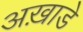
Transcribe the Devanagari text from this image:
अख़ाडे